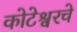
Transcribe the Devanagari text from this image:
कोटेश्वरचे